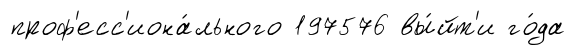
проф'есс'иона́льного 197576 вы́йт'и го́да